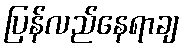
ပြန်လည်နေရာချ